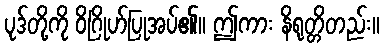
ပုဒ်တို့ကို ဝိဂြိုဟ်ပြုအပ်၏။ ဤကား နိရုတ္တိတည်း။